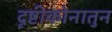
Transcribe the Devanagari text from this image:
दृष्टीकोनातुन